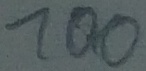
Text: 100